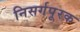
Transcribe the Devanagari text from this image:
निसर्गपूरक